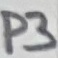
Text: P3